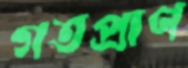
গতপ্রাণ